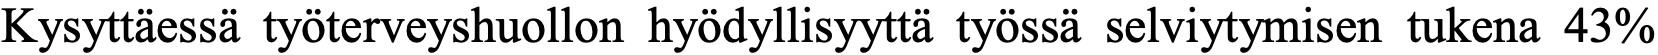
Kysyttäessä työterveyshuollon hyödyllisyyttä työssä selviytymisen tukena 43%